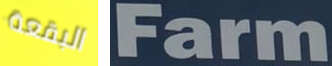
البقعة Farm